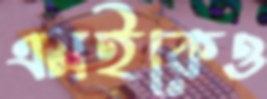
এমইকেও